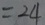
= 2 4